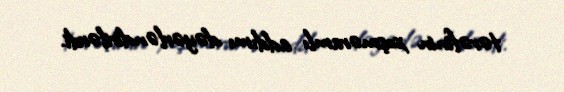
tərəfinin xoşməramlı addımı dəyərləndirilərdi.